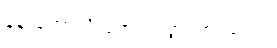
နန်းတော်သို့ ရောက်သွားကြ သည်။